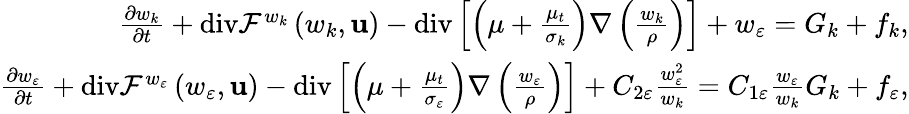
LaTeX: \begin{array}{r}{\frac{\partial w_{k}}{\partial t}+\mathrm{div}\mathcal{F}^{w_{k}}\left(w_{k},{\mathbf{u}}\right)-\mathrm{div}\left[\left(\mu+\frac{\mu_{t}}{\sigma_{k}}\right)\nabla\left(\frac{w_{k}}{\rho}\right)\right]+w_{\varepsilon}=G_{k}+f_{k},}\\ {\frac{\partial w_{\varepsilon}}{\partial t}+\mathrm{div}\mathcal{F}^{w_{\varepsilon}}\left(w_{\varepsilon},{\mathbf{u}}\right)-\mathrm{div}\left[\left(\mu+\frac{\mu_{t}}{\sigma_{\varepsilon}}\right)\nabla\left(\frac{w_{\varepsilon}}{\rho}\right)\right]+C_{2\varepsilon}\frac{w_{\varepsilon}^{2}}{w_{k}}=C_{1\varepsilon}\frac{w_{\varepsilon}}{w_{k}}G_{k}+f_{\varepsilon},}\end{array}